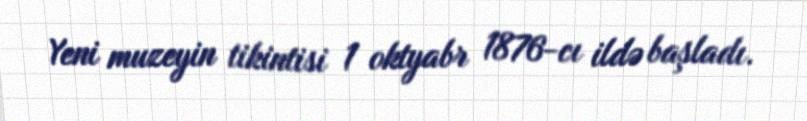
Yeni muzeyin tikintisi 1 oktyabr 1876-cı ildə başladı.